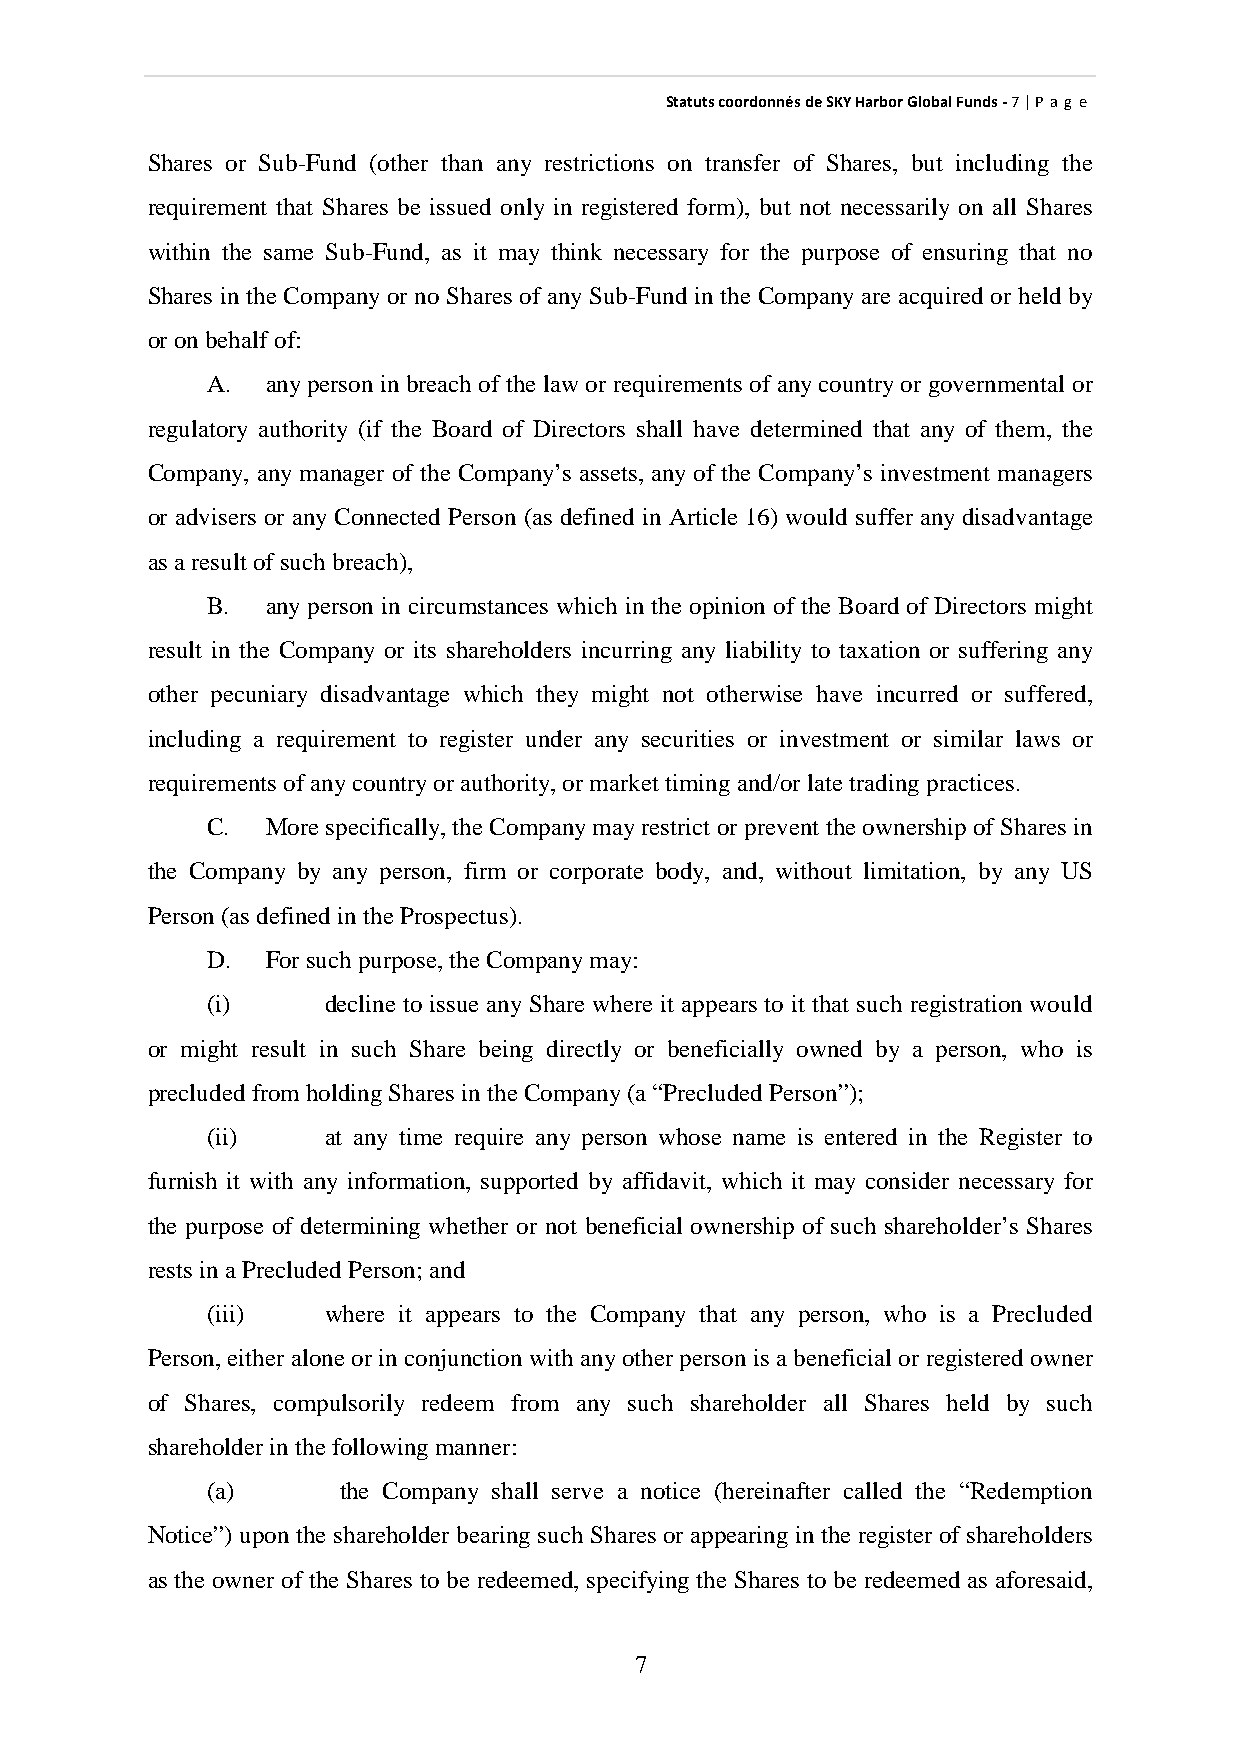
StatutscoordonnésdeSKYHarborGlobalFunds-7|P ag e
 Shares or Sub-Fund (other than any restrictions on transfer of Shares, but including the
 requirement that Shares be issued only in registered form), but not necessarily on all Shares
 within the same Sub-Fund, as it may think necessary for the purpose of ensuring that no
 Shares in the Companyor no Shares of anySub-Fund in the Companyare acquired or held by
 oronbehalfof:
 A.  anyperson in breach of the law or requirements of anycountryor governmental or
 regulatory authority (if the Board of Directors shall have determined that any of them, the
 Company, any manager of the Company’s assets, any of the Company’s investment managers
 or advisers or any Connected Person (as defined in Article 16) would suffer anydisadvantage
 as aresult ofsuchbreach),
 B.  any person in circumstances which in the opinion of the Board of Directors might
 result in the Company or its shareholders incurring any liability to taxation or suffering any
 other pecuniary disadvantage which they might not otherwise have incurred or suffered,
 including a requirement to register under any securities or investment or similar laws or
 requirements ofanycountryorauthority,ormarket timingand/orlatetradingpractices.
 C.  More specifically, the Companymayrestrict or prevent theownershipofShares in
 the Company by any person, firm or corporate body, and, without limitation, by any US
 Person (as definedintheProspectus).
 D.  Forsuchpurpose,theCompanymay:
 (i)     decline to issue anyShare where it appears to it that such registration would
 or might result in such Share being directly or beneficially owned by a person, who is
 precludedfrom holdingShares intheCompany(a“PrecludedPerson”);
 (ii)    at any time require any person whose name is entered in the Register to
 furnish it with any information, supported by affidavit, which it may consider necessary for
 the purpose of determining whether or not beneficial ownership of such shareholder’s Shares
 rests inaPrecludedPerson; and
 (iii)   where it appears to the Company that any person, who is a Precluded
 Person, either alone or in conjunction with anyother person is a beneficial or registeredowner
 of Shares, compulsorily redeem from any such shareholder all Shares held by such
 shareholderin thefollowingmanner:
 (a)     the Company shall serve a notice (hereinafter called the “Redemption
 Notice”) upon the shareholder bearing such Shares or appearingin the register of shareholders
 as the owner of the Shares to be redeemed, specifying the Shares to be redeemed as aforesaid,
 7